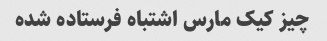
چیز کیک مارس اشتباه فرستاده شده